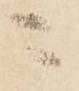
ニ